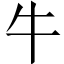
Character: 牛